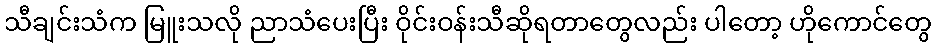
သီချင်းသံက မြူးသလို ညာသံပေးပြီး ဝိုင်းဝန်းသီဆိုရတာတွေလည်း ပါတော့ ဟိုကောင်တွေ